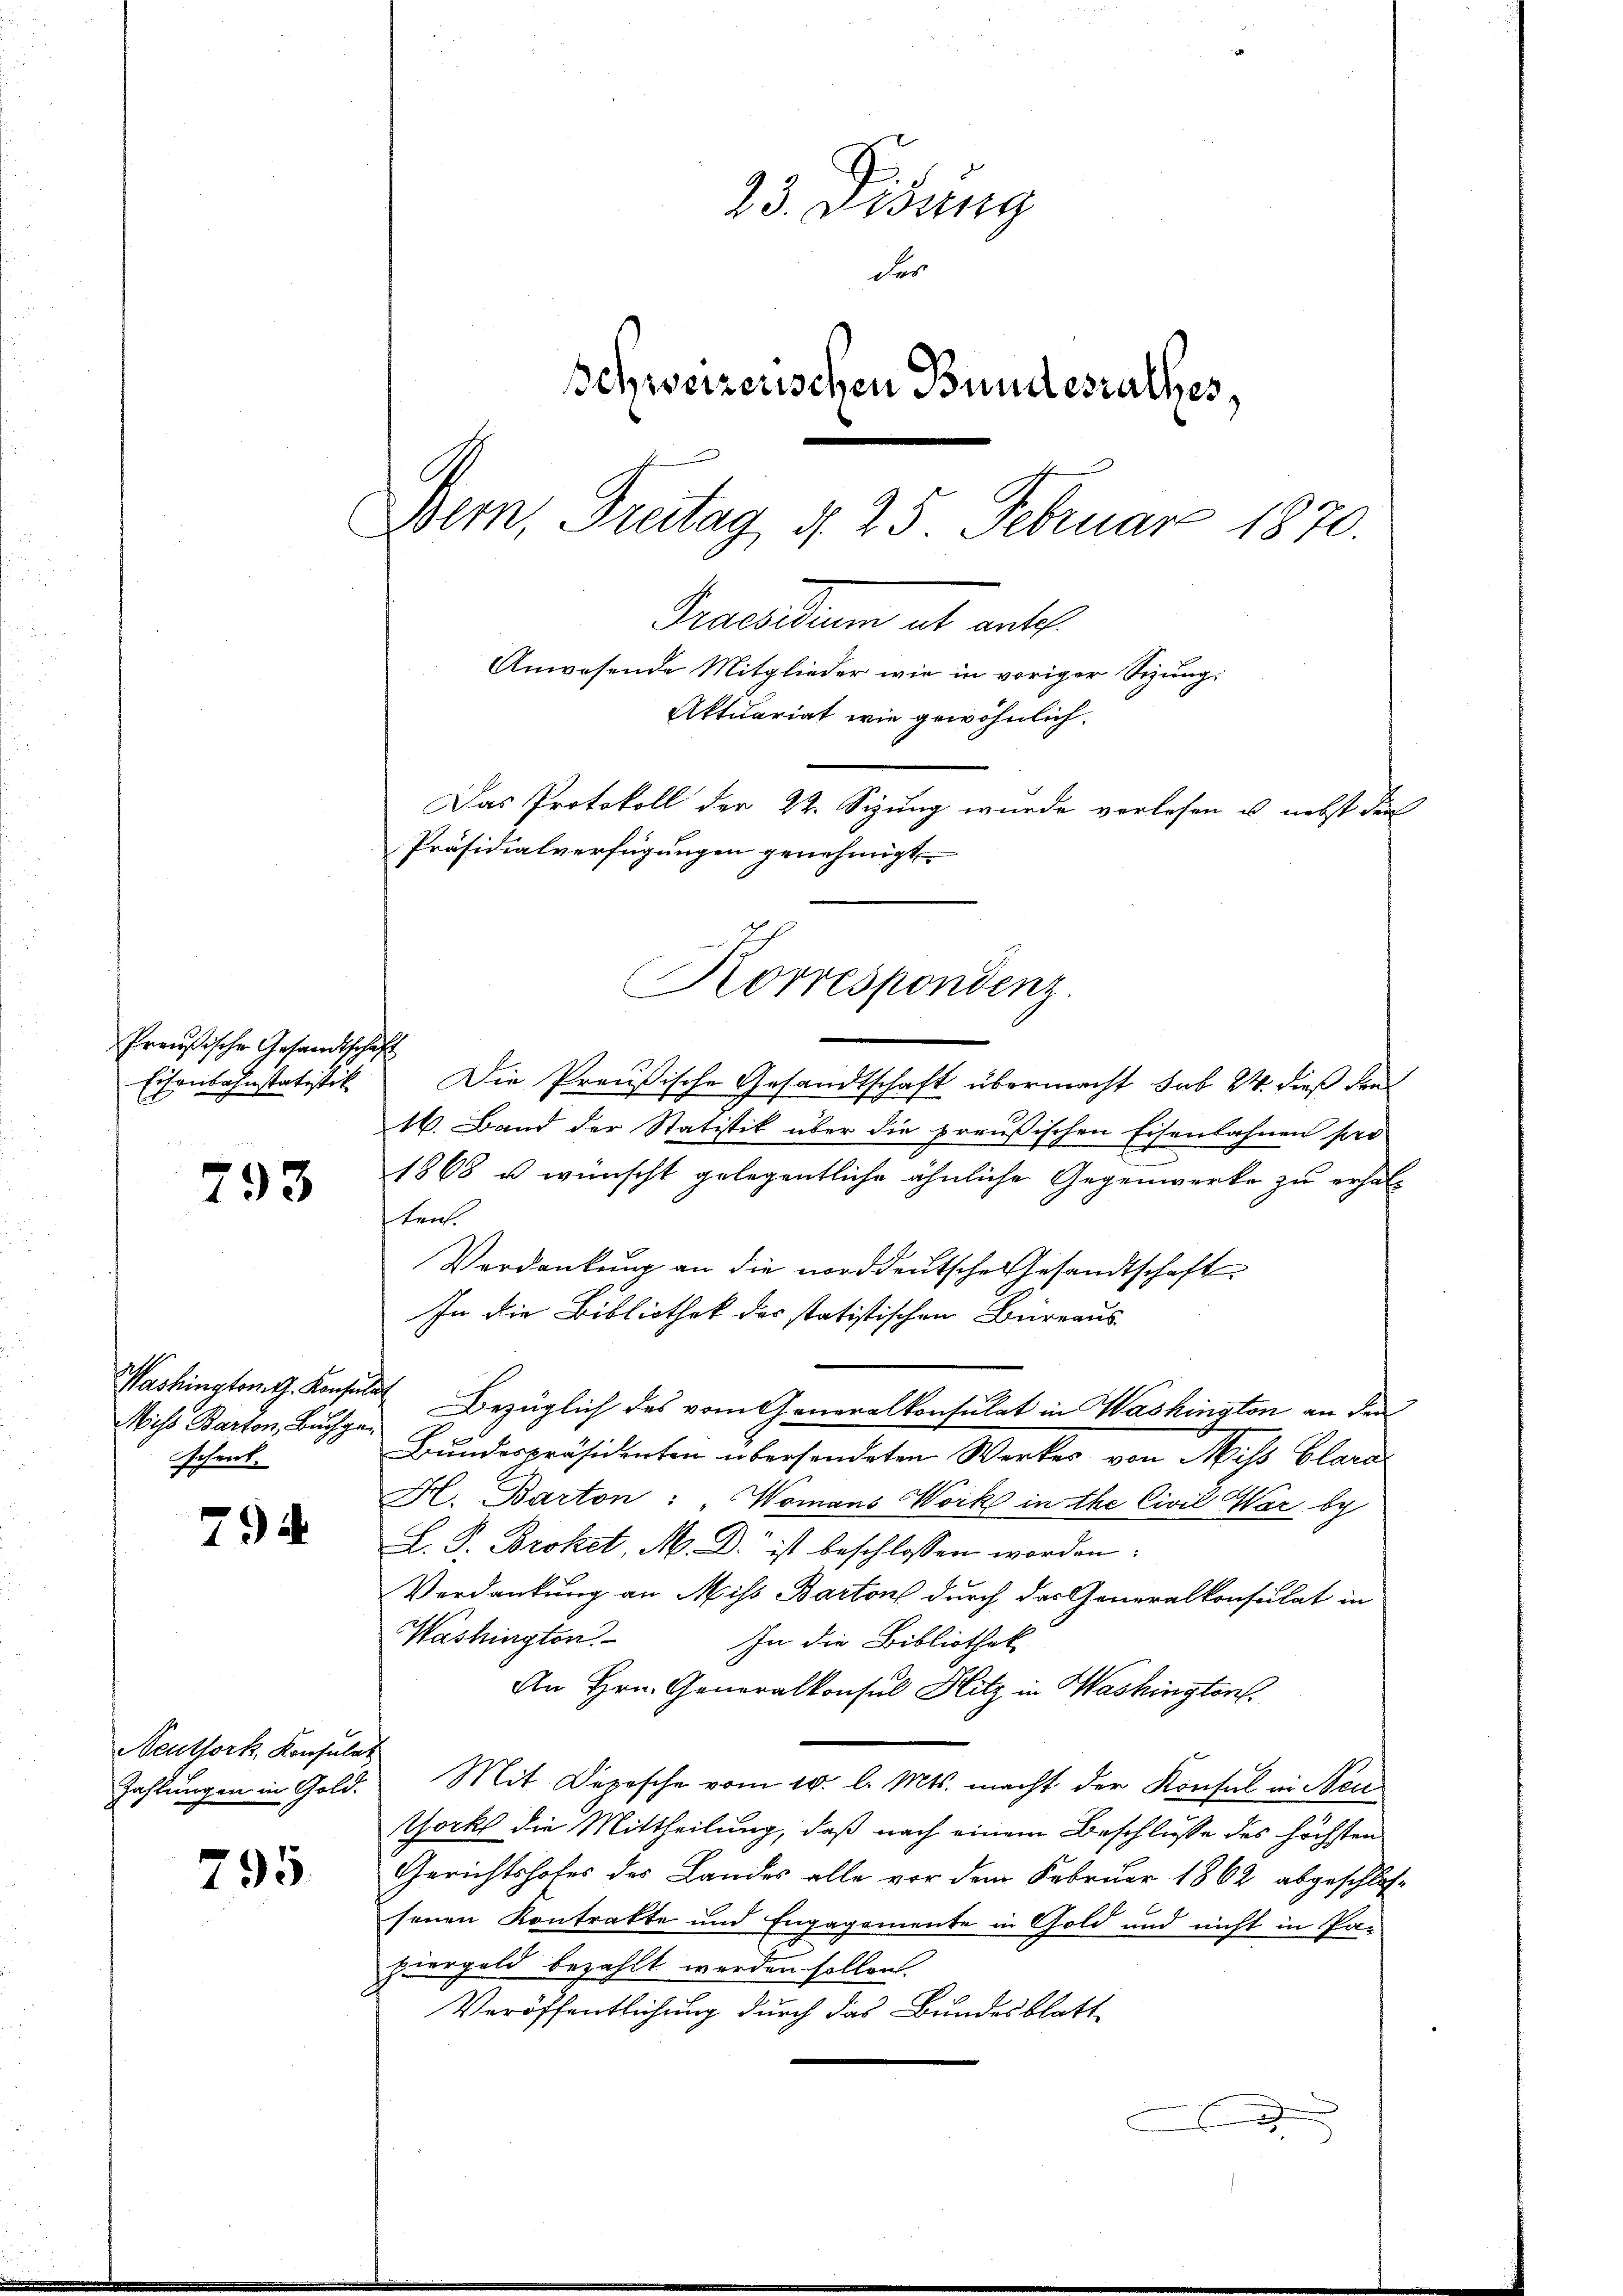
Preußische Gesandtsch
Eisenbahnstatistik

793

Miss Barton, Buchgeschenk.

794

Neuthork, Konsula

795

23. Didung
des
Schweizerischen Bundesrathes,
Bem, Freitag d. 25. Februar 1870.
Derartinen ab antes
Anwesende Mitglieder wie in voriger Sizung.
Aktuariat wie gewöhnlich.
Das Protokoll der 22. Sizung wurde verlesen u. nebst der
Präsidialverfügungen genehmigt.
Korrespondenz.

2

Die Preußische Gesandtschaft übermacht sub 24 dieß den
16. Band der Statistik über die preußischen Eisenbahnen soro
1868 u wünscht gelegentliche ähnliche Gegenwerke zu erhalten.
Verdankung an die norddeutsche Gesandtschaft
In die Bibliothek des statistischen Bureaus
Washingtom. Konsulat Bezüglich des vom Generalkonsulat in Washington an den
Bundespräsidenten übersendeten Werker von Miss Clara
H. Barton: Womans Work in the Civil War bey
L. P. Broket, M. D. ist beschlossen worden.
Verdankung an Miss Bartons durch das Generalkonsulat in
Washington.
In die Bibliothek
An Hrn. Generalkonsul Hitz in Washington
.
Zahlungen in Gold. Mit Depesche vom 10. l. Mts. macht der Konsul in Neutock die Mittheilung, daß nach einem Beschlusse des höchsten
Gerichtshofes des Landes alle vor dem Februar 1862 abgeschlossenen Kontrakte und Engagemente in Gold und nicht in Par
ziergeld bezahlt werden sollen.
Veröffentlichung durch das Bundesblatt¬